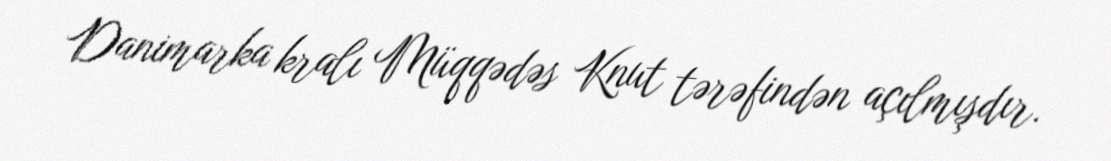
Danimarka kralı Müqqədəs Knut tərəfindən açılmışdır.